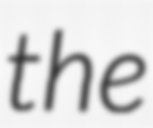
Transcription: the